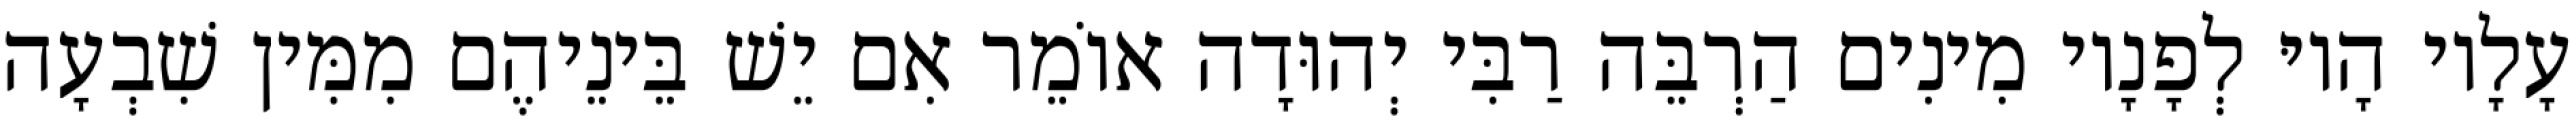
עָלָיו הָיוּ לְפָנָיו מִינִים הַרְבֵּה רַבִּי יְהוּדָה אוֹמֵר אִם יֵשׁ בֵּינֵיהֶם מִמִּין שִׁבְעָה